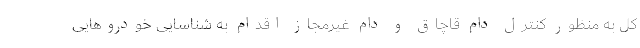
کل به منظور کنترل دام قاچاق و دام غیرمجاز اقدام به شناسایی خودروهایی